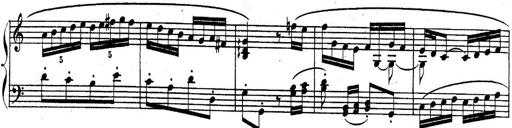
Title: Sonatina for Piano
Composer: BÃ©la BartÃ³k